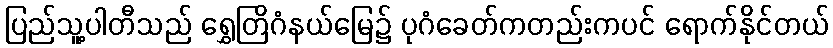
ပြည်သူ့ပါတီသည် ရွှေတြိဂံနယ်မြေ၌ ပုဂံခေတ်ကတည်းကပင် ရောက်နိုင်တယ်